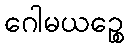
ဂေါမယဉ္စေ